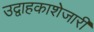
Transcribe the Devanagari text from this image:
उद्वाहकाशेजारी